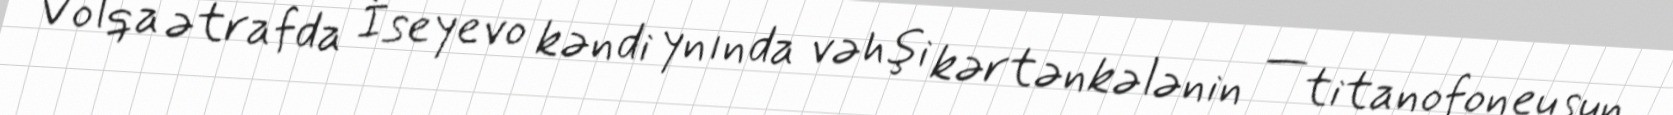
Volqa ətrafda İseyevo kəndi ynında vəhşi kərtənkələnin — titanofoneusun